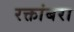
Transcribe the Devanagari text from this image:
रक्तांबरा